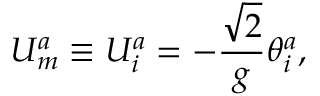
U _ { m } ^ { a } \equiv U _ { i } ^ { a } = - { \frac { \sqrt { 2 } } { g } } \theta _ { i } ^ { a } ,